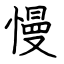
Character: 慢